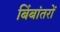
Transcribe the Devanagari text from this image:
बिंबांतरों